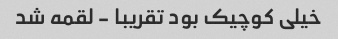
خیلی کوچیک بود تقریبا - لقمه شد